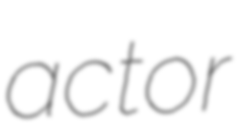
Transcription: actor